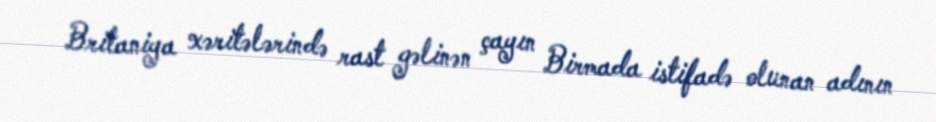
Britaniya xəritələrində rast gəlinən çayın Birmada istifadə olunan adının